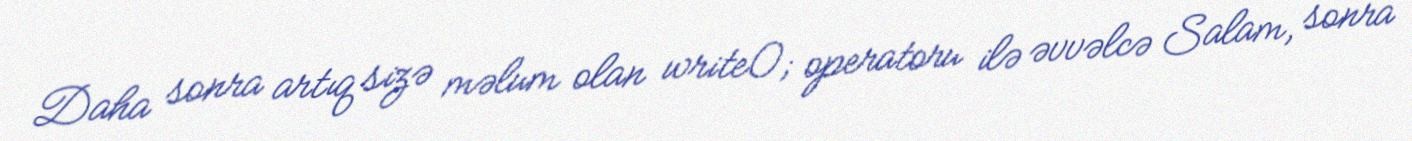
Daha sonra artıq sizə məlum olan write(); operatoru ilə əvvəlcə Salam, sonra